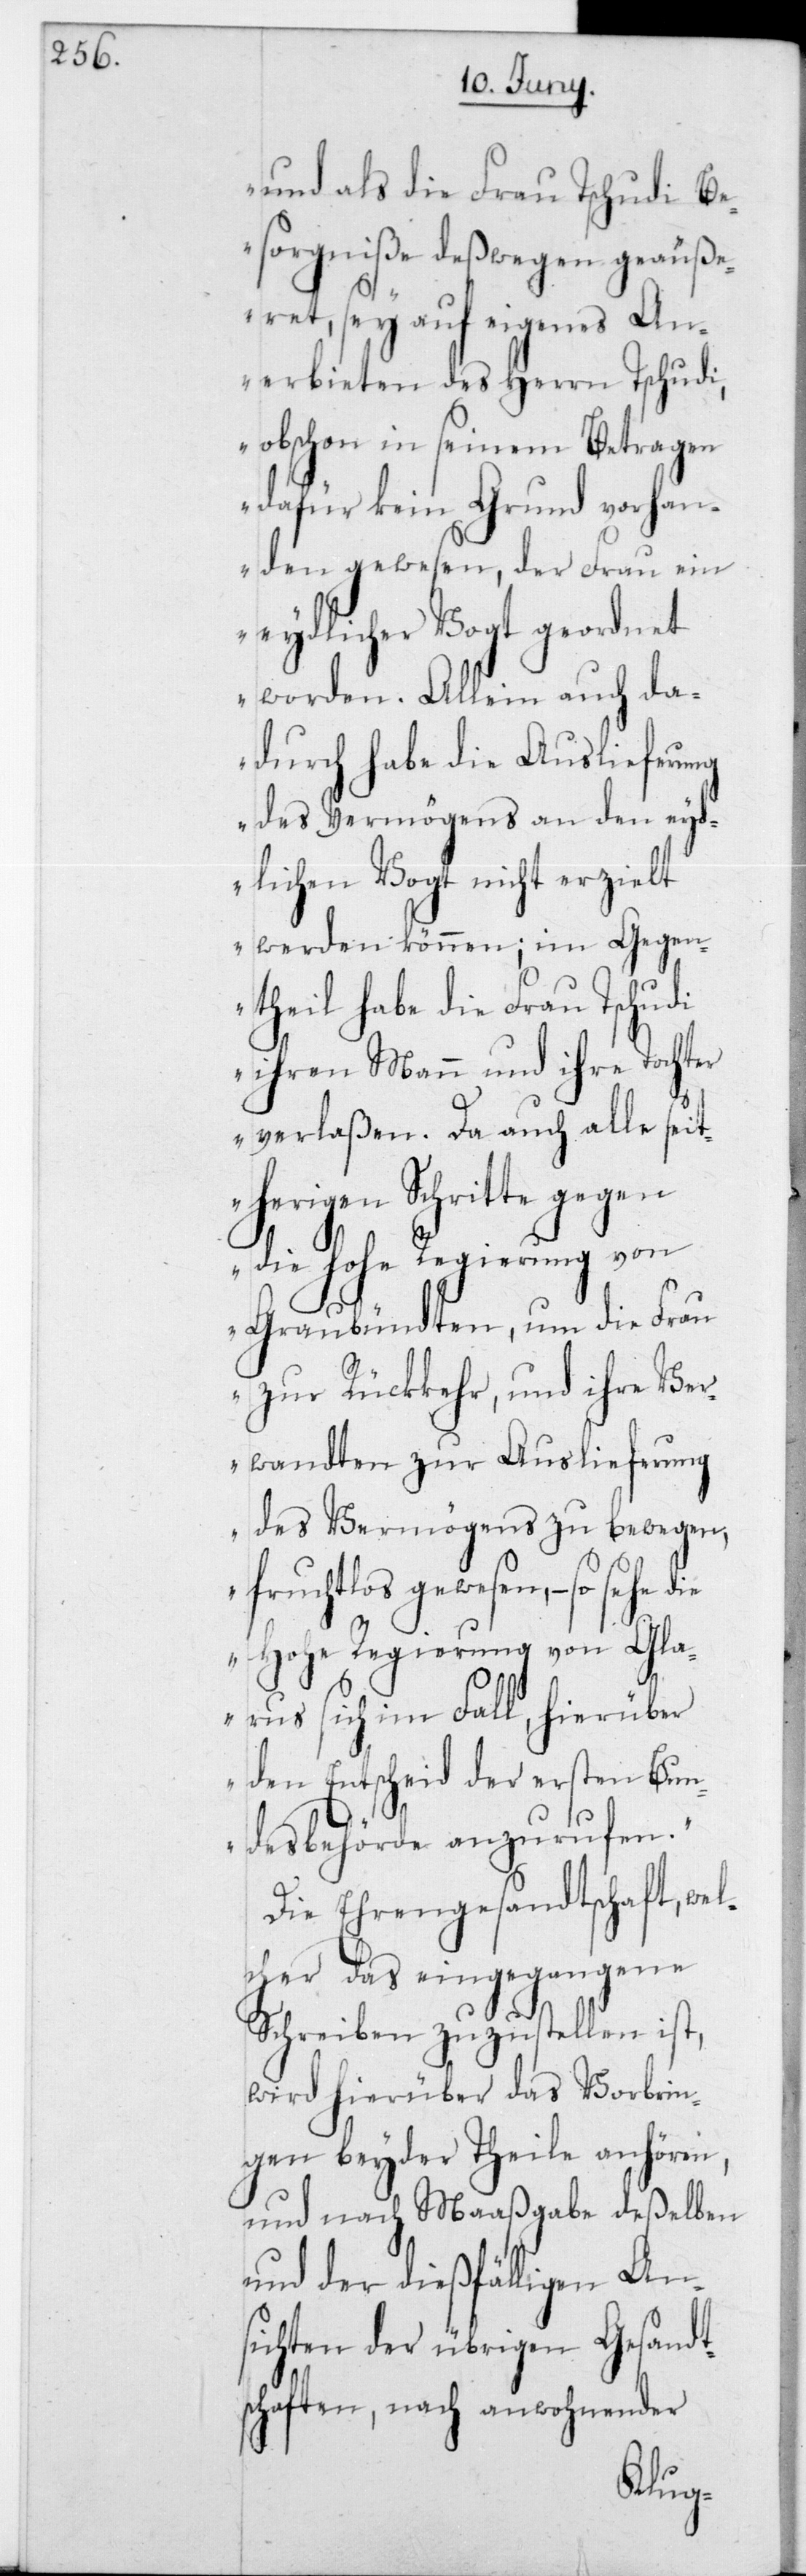
und als die Frau Tschudi Be¬
sorgniße deßwegen geäuße¬
ret, sey auf eigenes An¬
erbieten des Herrn Tschudi,
obschon in seinem Betragen
dafür kein Grund vorhan¬
den gewesen, der Frau ein
eydlicher Vogt geordnet
worden. Allein auch da¬
durch habe die Auslieferung
des Vermögens an den eyd¬
lichen Vogt nicht erzielt
werden können; im Gegen¬
theil habe die Frau Tschudi
ihren Mann und ihre Tochter
verlaßen. Da auch alle seit¬
herigen Schritte gegen
die Hohe Regierung von
Graubündten, um die Frau
zur Rückkehr, und ihre Ver¬
ung
wandten zur Auslief¬
des Vermögens zu bewegen,
fruchtlos gewesen, – so sehe
Hohe Regierung von Gla¬
er
rus sich im Fall, hierüb¬
den Entscheid der ersten Bun¬
desbehörde anzurufen“.
Die Ehrengesandtschaft, wel¬
cher das eingegangene
Schreiben zuzustellen ist,
wird hierüber das Vorbrin¬
gen beyder Theile anhören,
und nach Maaßgabe deßelben
und der dießfälligen An¬
sichten der übrigen Gesandt¬
schaften, nach anwohnender